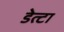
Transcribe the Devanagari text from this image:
डेत्टा